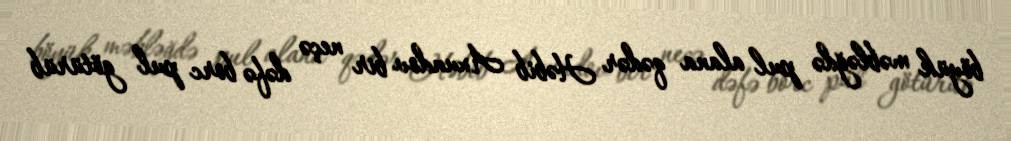
böyük məbləğdə pul alana qədər Həbib Axundov bir neçə dəfə borc pul götürüb